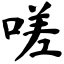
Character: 嗟